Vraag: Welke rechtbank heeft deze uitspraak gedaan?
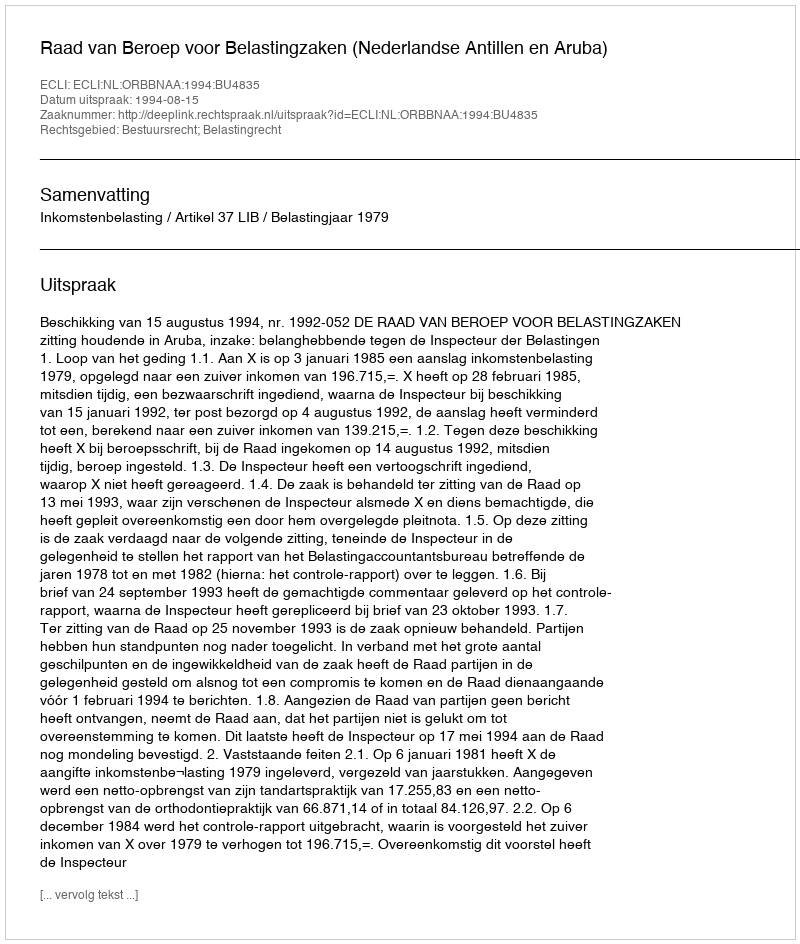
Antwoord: Raad van Beroep voor Belastingzaken (Nederlandse Antillen en Aruba)